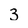
Character: 3